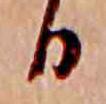
ひ